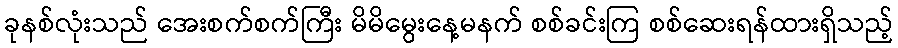
ခုနစ်လုံးသည် အေးစက်စက်ကြီး မိမိမွေးနေ့မနက် စစ်ခင်းကြ စစ်ဆေးရန်ထားရှိသည့်